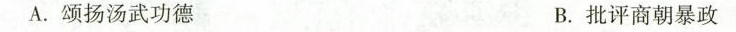
A.颂扬汤武功德 B.批评商朝暴政